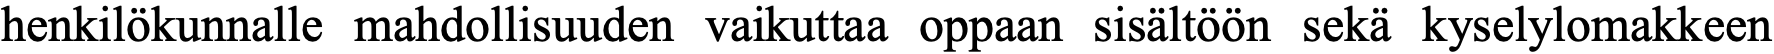
henkilökunnalle mahdollisuuden vaikuttaa oppaan sisältöön sekä kyselylomakkeen